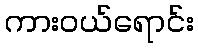
ကားဝယ်ရောင်း